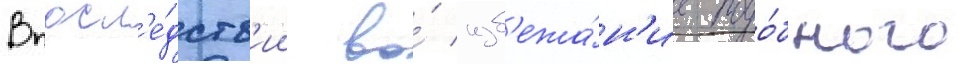
Впосл'е́дств'ии во́ изб'ежа́н'ие подо́бного